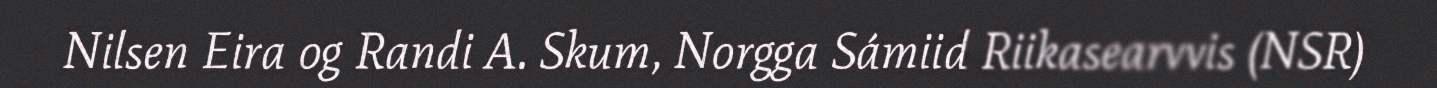
Nilsen Eira og Randi A. Skum, Norgga Sámiid Riikasearvvis (NSR)